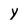
Character: y